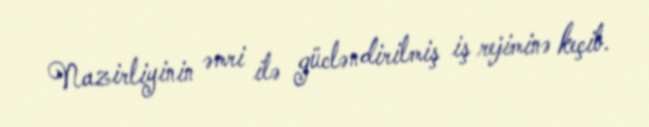
Nazirliyinin əmri ilə gücləndirilmiş iş rejiminə keçib.